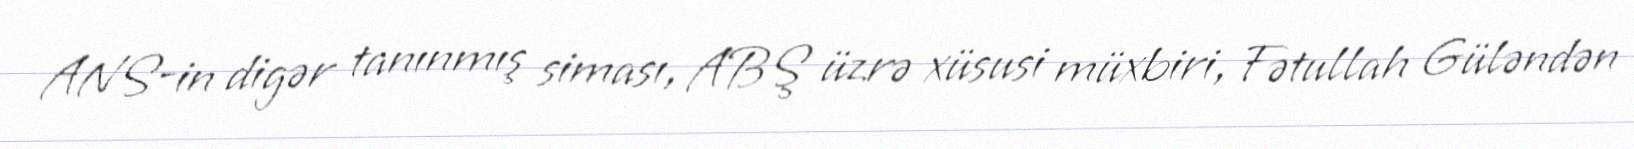
ANS-in digər tanınmış siması, ABŞ üzrə xüsusi müxbiri, Fətullah Güləndən